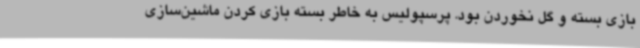
بازی بسته و گل نخوردن بود. پرسپولیس به خاطر بسته بازی کردن ماشین‌سازی